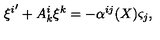
{ \xi ^ { i } } ^ { \prime } + A _ { k } ^ { i } \xi ^ { k } = - \alpha ^ { i j } ( X ) \varsigma _ { j } ,